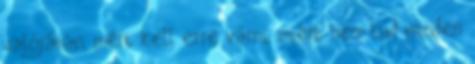
valójában, mért kell erre várni, miért nem tud minden